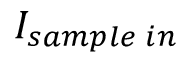
I _ { s a m p l e \; i n }